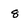
Character: 8